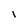
Character: I